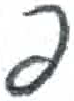
אות: פ